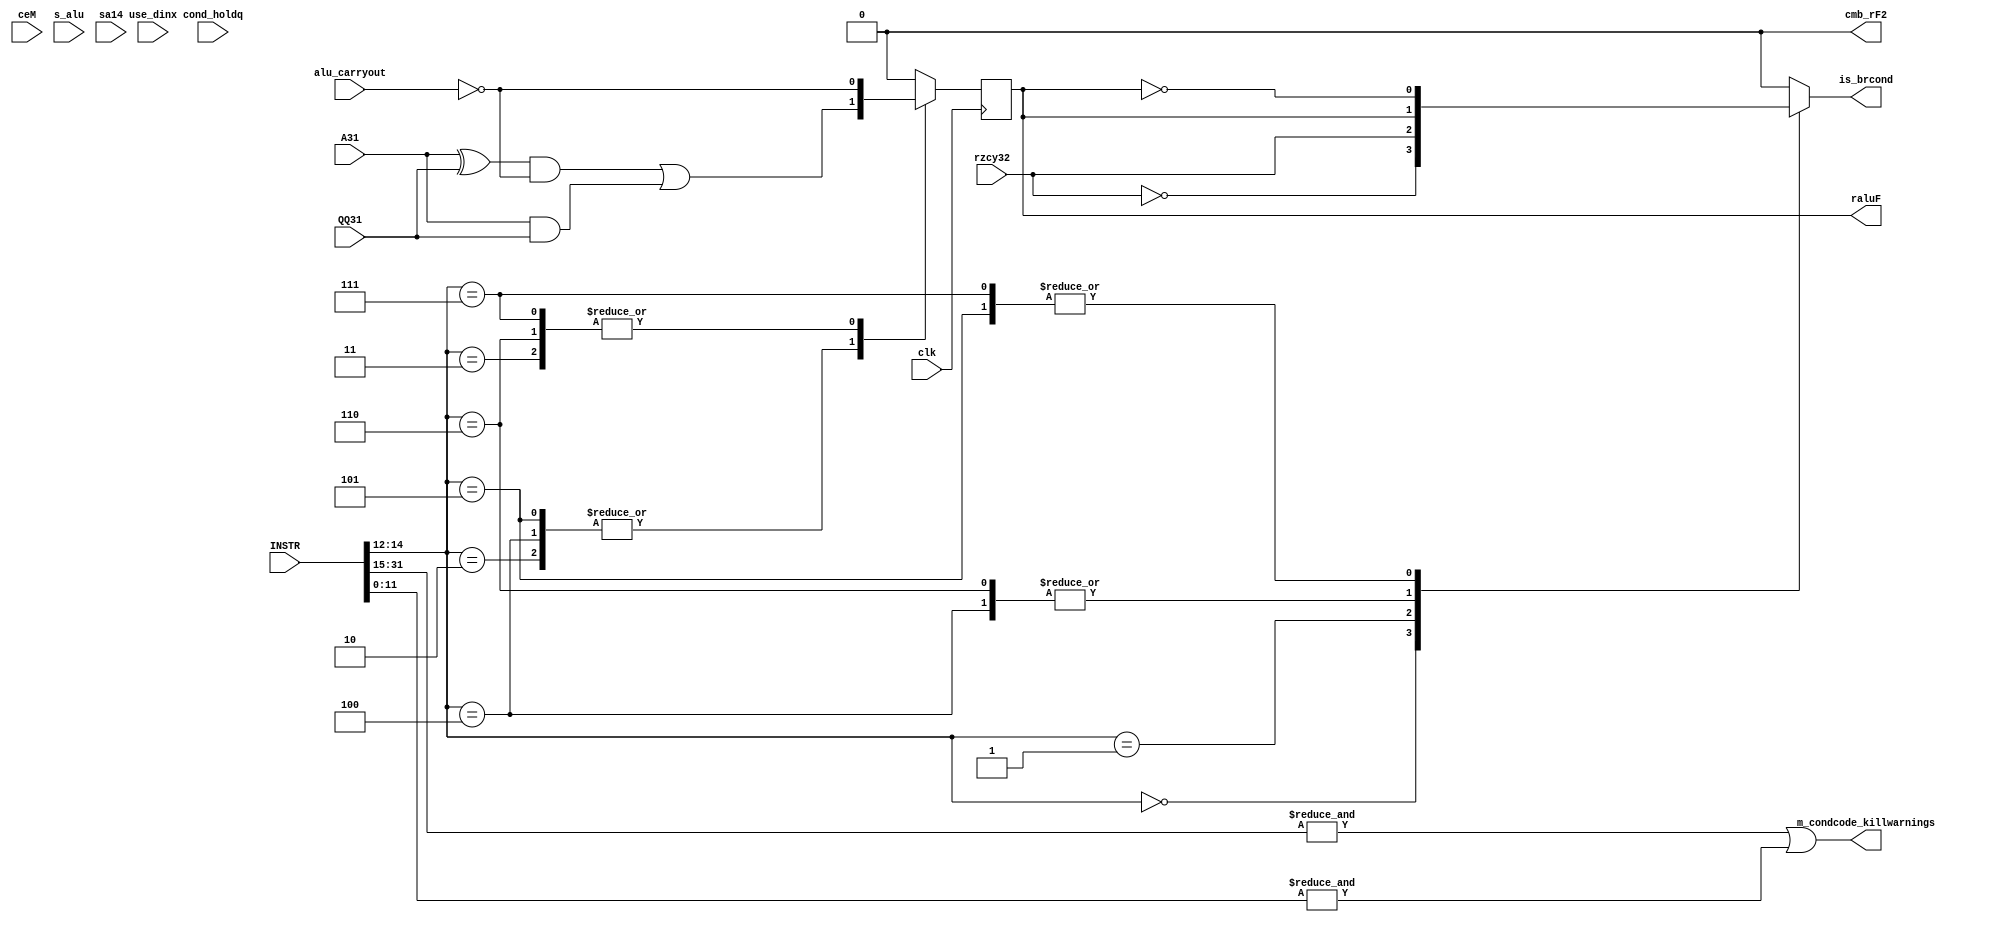
/* -----------------------------------------------------------------------------
 * Part of midgetv
 * 2019. Copyright B. Nossum.
 * For licence, see LICENCE
 * -----------------------------------------------------------------------------ehdr
 */

module m_condcode # ( parameter HIGHLEVEL = 0, MULDIV = 0 )
   (
    input        clk, //          System clock
    input        alu_carryout, // Out of the ALU carry chain
    input [31:0] INSTR, //        from INSTRUCTION register
    input        A31,
    input        QQ31, //
    /* Verilator lint_off UNUSED */
    input        use_dinx,
    input        cond_holdq, // fitte, is this needed
    input        ceM, //          Enable bidirectional shiftreg used to distinguish mult/div add/shift cycles
    input [2:0]  s_alu, // fitte,
//    input        Di31, // fitte
    input        sa14, // When rM is loaded, rF is cleared
    /* Verilator lint_on UNUSED */
    input        rzcy32, //       Registered zero-detect from m_immexp_zfind_q
    output       raluF, //        Registered aluF for use by SLT(I)/SLTU(I)
    output       is_brcond, //    Combinatorical for BEQ/BNE/BLT(U)/BGE(U)
    /* Verilator lint_off UNDRIVEN */
    output       cmb_rF2,
    /* Verilator lint_on UNDRIVEN */
    output       m_condcode_killwarnings
    );
   
   generate
      if ( MULDIV == 0 ) begin
         reg       cmb_aluF,tmp_raluF,tmp_is_brcond;
         
         always @(*)
           case (INSTR[14:12])
             3'b010 : cmb_aluF = ((A31^QQ31)&(~alu_carryout)) | (A31&QQ31);
             3'b011 : cmb_aluF = ~alu_carryout; 
             3'b100 : cmb_aluF = ((A31^QQ31)&(~alu_carryout)) | (A31&QQ31);
             3'b101 : cmb_aluF = ((A31^QQ31)&(~alu_carryout)) | (A31&QQ31);
             3'b110 : cmb_aluF = ~alu_carryout;
             3'b111 : cmb_aluF = ~alu_carryout;
             default: cmb_aluF = 1'b0;  
           endcase
         
         always @(posedge clk) 
           tmp_raluF <= cmb_aluF;
         assign raluF = tmp_raluF;
         
         always @(*)
           case (INSTR[14:12])
             3'b000 : tmp_is_brcond = ~rzcy32;
             3'b001 : tmp_is_brcond = rzcy32;
             3'b100 : tmp_is_brcond = raluF ;
             3'b101 : tmp_is_brcond = ~raluF;
             3'b110 : tmp_is_brcond = raluF ;
             3'b111 : tmp_is_brcond = ~raluF;
             default :tmp_is_brcond = 1'b0;
           endcase   
         assign is_brcond = tmp_is_brcond;
         assign m_condcode_killwarnings = &INSTR[31:15] | &INSTR[11:0];

         assign cmb_rF2 = 0;
         
      end else begin
         
/*
 *   When MULDIV == 0
 *                     0 : use (~alu_carryout&(A31^QQ[31])) | (A31&QQ[31])
 *              ___    1 : use ~alu_carryout                               
 *   FUNC3[0] -|I0 |-+ pre_cmb_aluF
 *   FUNC3[1] -|I1 | |
 *   FUNC3[2] -|I2 | |   ___                    +----------------------- raluF
 *            -|I3_| +--|I0 |                _  |           ___
 *   QQ31   ------------|I1 |--  cmb_aluF --| |-+----------|I0 |-------- is_brcond
 *   A31    ------------|I2 |               >_|  rzcy32 ---|I1 |
 *                 +----|I3_|                    FUNC3[0] -|I2 |
 *                 |                             FUNC3[2] -|I3_|
 *                 | alu_carryout
 *                 :
 *             (alu carry)
 *             (chain here)
 *                 :
 * 
 * 
 *   When MULDIV == 1
 *    
 *                       ___                    +----------------------- raluF
 *    feed[0] ----------|I0 |                _  |           ___
 *    feed[1] ----------|I1 |--  cmb_aluF --| |-+----------|I0 |-------- is_brcond
 *    feed[2] ----------|I2 |               >_|  rzcy32 ---|I1 |
 *                 +----|I3_|                             -|I2 |
 *                 |                                      -|I3_|
 *                /y\    ___
 *    addtype[1] -(((---|I0 |
 *             1 -+||   |I1 |--  cond_holdq = ~alu_carryout & addtype[1];
 *             0 --(+   |I2 |
 *                 +----|I3_|
 *                 | alu_carryout
 *                 :
 *             (alu carry)
 *             (chain here)
 *                 :
 * 
 * 
 * Recall:
 * ========
 * INSTR[25]
 * |INSTR[6:0]
 * x1100011    branches
 * x0010011    slti/sltui
 * 00110011    slt/sltu
 * 10110011    mul/div
 * 
 * 
 * To cover branches and slt[u][i] and MUL/MULH/MULHSU/MULHU, DIV/DIVU/REM/REMU
 * ============================================================================
 * 
 * use_dinx
 * | enm (in this column 'o' mean it will be low, but should be treated as dont' care)
 * | | INSTR[25]           
 * | | |INSTR[6:5]         
 * | | ||| FUNC3 Opcodes       cmb_aluF                                           
 * 0 x 101 000   MUL           x
 * 0 0 101 001   MULH          alu_carryout^rF^Di[31]                               During ADD. If the Add chg to PASSQ, alu_carryout == 0, Di[31] == 0: rF correct
 * 0 1 101 001   MULH          rF                                                   During SRA.
 * 0 o 001 010   SLT  SLTI     (Di[31]&QQ[31]) | ((Di[31]^QQ[31])&~alu_carryout)  
 * 0 o x00 011   SLTU SLTUI    ~alu_carryout                                      
 * 0 0 101 010   MULHSU        alu_carryout^rF^Di[31]                               During ADD. If the Add chg to PASSQ, alu_carryout == 0, Di[31] == 0: rF correct
 * 0 1 101 010   MULHSU        rF                                                   During SRA.
 * 0 0 101 011   MULHU         alu_carryout                                         During ADD. If the ADD chg to PASSQ, alu_carryout == 0: 0 correct
 * 0 1 101 011   MULHU         0                                                    During SLR
 * 0 0 101 1xx   DIV[U]/REM[U] alu_carryout^rF^1                                    During ADD
 * 0 1 101 1xx   DIV[U]/REM[U] QQ[31]                                               During SLL
 * 0 o x11 000   BEQ           x                                                  
 * 0 o x11 001   BNE           x                                                  
 * 0 o x11 100   BLT           (Di[31]&QQ[31]) | ((Di[31]^QQ[31])&~alu_carryout)  
 * 0 o x11 101   BGE           (Di[31]&QQ[31]) | ((Di[31]^QQ[31])&~alu_carryout)  
 * 0 o x11 110   BLTU          ~alu_carryout                                      
 * 0 o x11 111   BGEU          ~alu_carryout                                      
 * 1 x xxx xxx                 Cleared at start of each instruction
 * - - --- ---   All others are dontcare.
 * 
 * I want to make
 * feed[2:0]  cmb_aluF
 * 00a        a
 * 01a        alu_carryout^a
 * 1ba        b | (a&~alu_carryout)
 * 
 * use_dinx
 * | enm
 * | | INSTR[25]           
 * | | |INSTR[6:5]         
 * | | ||| FUNC3 Opcodes       cmb_aluF                                   cmb_aluF        
 * | 1 101 001   MULH          rF                                         a         
 * | 1 101 010   MULHSU        rF                                         a         
 * | 1 101 011   MULHU         0                                          a         
 * | 1 101 1xx   DIV[U]/REM[U] QQ31                                       a         
 * 1 x xxx xxx                 0                                          a
 * 
 * 0 x x00 011   SLTU SLTUI    ~alu_carryout                              alu_carryout^a
 * 0 x x11 110   BLTU          ~alu_carryout                              alu_carryout^a
 * 0 x x11 111   BGEU          ~alu_carryout                              alu_carryout^a
 * 0 0 101 011   MULHU         alu_carryout                               alu_carryout^a
 * 0 0 101 001   MULH          alu_carryout^rF^A31                        alu_carryout^a
 * 0 0 101 010   MULHSU        alu_carryout^rF^A31                        alu_carryout^a
 * 0 0 101 1xx   DIV[U]/REM[U] alu_carryout^rF^1                          alu_carryout^a
 * 
 * 0 x 001 010   SLT  SLTI     (A31&QQ31) | ((A31^QQ31)&~alu_carryout)  b | (a&~alu_carryout)
 * 0 x x11 100   BLT           (A31&QQ31) | ((A31^QQ31)&~alu_carryout)  b | (a&~alu_carryout)
 * 0 x x11 101   BGE           (A31&QQ31) | ((A31^QQ31)&~alu_carryout)  b | (a&~alu_carryout)
 * 
 */

         reg [2:0] feed;
         reg       tmp_rF;
         wire      rF;
         reg       cmb_aluF;
         reg       tmp_is_brcond;
         
         always @(*)                                  
           casez ({use_dinx,ceM,INSTR[25],INSTR[6:5],INSTR[14:12]})
             //  use_dinx
             //  | ceM
             //  | | INSTR[25]          feed[2]
             //  | | |INSTR[6:5]        |      feed[1]
             //  | | ||| FUNC3          |      |          feed[0]
             //  | | ||| |||            |      |          |               Opcpdes
             8'b 0_1_101_011 : feed = { 1'b0,  1'b0     , 1'b0     }; //  MULHU              Shift right logical
             8'b 0_1_101_001 : feed = { 1'b0,  1'b0     , rF       }; //  MULH               Shift right arithmetic  
             8'b 0_1_101_010 : feed = { 1'b0,  1'b0     , rF       }; //  MULHSU             Shift right arithmetic
             8'b 0_1_101_1?? : feed = { 1'b0,  1'b0     , QQ31     }; //  DIV[U]/REM[U]      Shift left
             8'b 1_?_???_??? : feed = { 1'b0,  1'b0     , 1'b0     }; //  clear at dinx
                                                 
             8'b 0_?_?00_011 : feed = { 1'b0,  1'b1     , 1'b1     }; //  SLTIU            
             8'b 0_?_001_011 : feed = { 1'b0,  1'b1     , 1'b1     }; //  SLTU             
             8'b 0_?_?11_11? : feed = { 1'b0,  1'b1     , 1'b1     }; //  BLTU/BGEU        

             8'b 0_0_101_011 : feed = { 1'b0,  1'b1     , 1'b0     }; //  MULHU              unsigned addition
             8'b 0_0_101_001 : feed = { 1'b0,  1'b1     , rF^A31   }; //  MULH               signed addition
             8'b 0_0_101_010 : feed = { 1'b0,  1'b1     , rF^A31   }; //  MULHSU             signed addition
             8'b 0_0_101_1?? : feed = { 1'b0,  1'b1     , rF^1'b1  }; //  DIV[U]/REM[U]      unsigned subtraction
                                             
             8'b 0_?_?00_010 : feed = { 1'b1,  A31&QQ31 , A31^QQ31}; //  SLTI           
             8'b 0_?_001_010 : feed = { 1'b1,  A31&QQ31 , A31^QQ31}; //  SLT  
             8'b 0_?_?11_100 : feed = { 1'b1,  A31&QQ31 , A31^QQ31}; //  BLT                 
             8'b 0_?_?11_101 : feed = { 1'b1,  A31&QQ31 , A31^QQ31}; //  BGE
             default :       feed = 3'b000; // Think I see a bug in Verilator. This fails if I say feed = 3'b???
           endcase
         reg       basic;
         always @(*)
           casez (feed)
             3'b000 : basic = 1'b0;
             3'b001 : basic = 1'b1;
             3'b010 : basic = alu_carryout;
             3'b011 : basic = ~alu_carryout;
             3'b100 : basic = 1'b0;
             3'b101 : basic = ~alu_carryout;
             3'b11? : basic = 1'b1;
           endcase                             
         
         always @(*)
           casez ({sa14,s_alu})
             4'b1000 : cmb_aluF = rF;    // A_nearXOR
             4'b00?? : cmb_aluF = 0;     // Q clear.
             4'b0100 : cmb_aluF = basic; // Q clear, used by SLTxx
             4'b0101 : cmb_aluF = 0;     // Q clear.
             4'b011? : cmb_aluF = 0;
             default : cmb_aluF = basic;
           endcase
         
         always @(posedge clk)
           if ( ~cond_holdq )
             tmp_rF <= cmb_aluF;
         assign rF = tmp_rF;
         assign cmb_rF2 = cmb_aluF;

         always @(*)
           casez ({INSTR[6],INSTR[14],INSTR[12]})
             3'b0?? : tmp_is_brcond = ~rzcy32;
             3'b100 : tmp_is_brcond = ~rzcy32;
             3'b101 : tmp_is_brcond = rzcy32;
             3'b110 : tmp_is_brcond = rF ;
             3'b111 : tmp_is_brcond = ~rF;
           endcase   
         assign is_brcond = tmp_is_brcond;
         assign raluF = rF;
         assign m_condcode_killwarnings = &INSTR[31:26] | &INSTR[24:7] | &INSTR[4:0];
      end
   endgenerate
endmodule